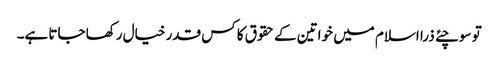
تو سوچئے ذرا اسلام میں خواتین کے حقوق کا کس قدر خیال رکھا جاتا ہے۔